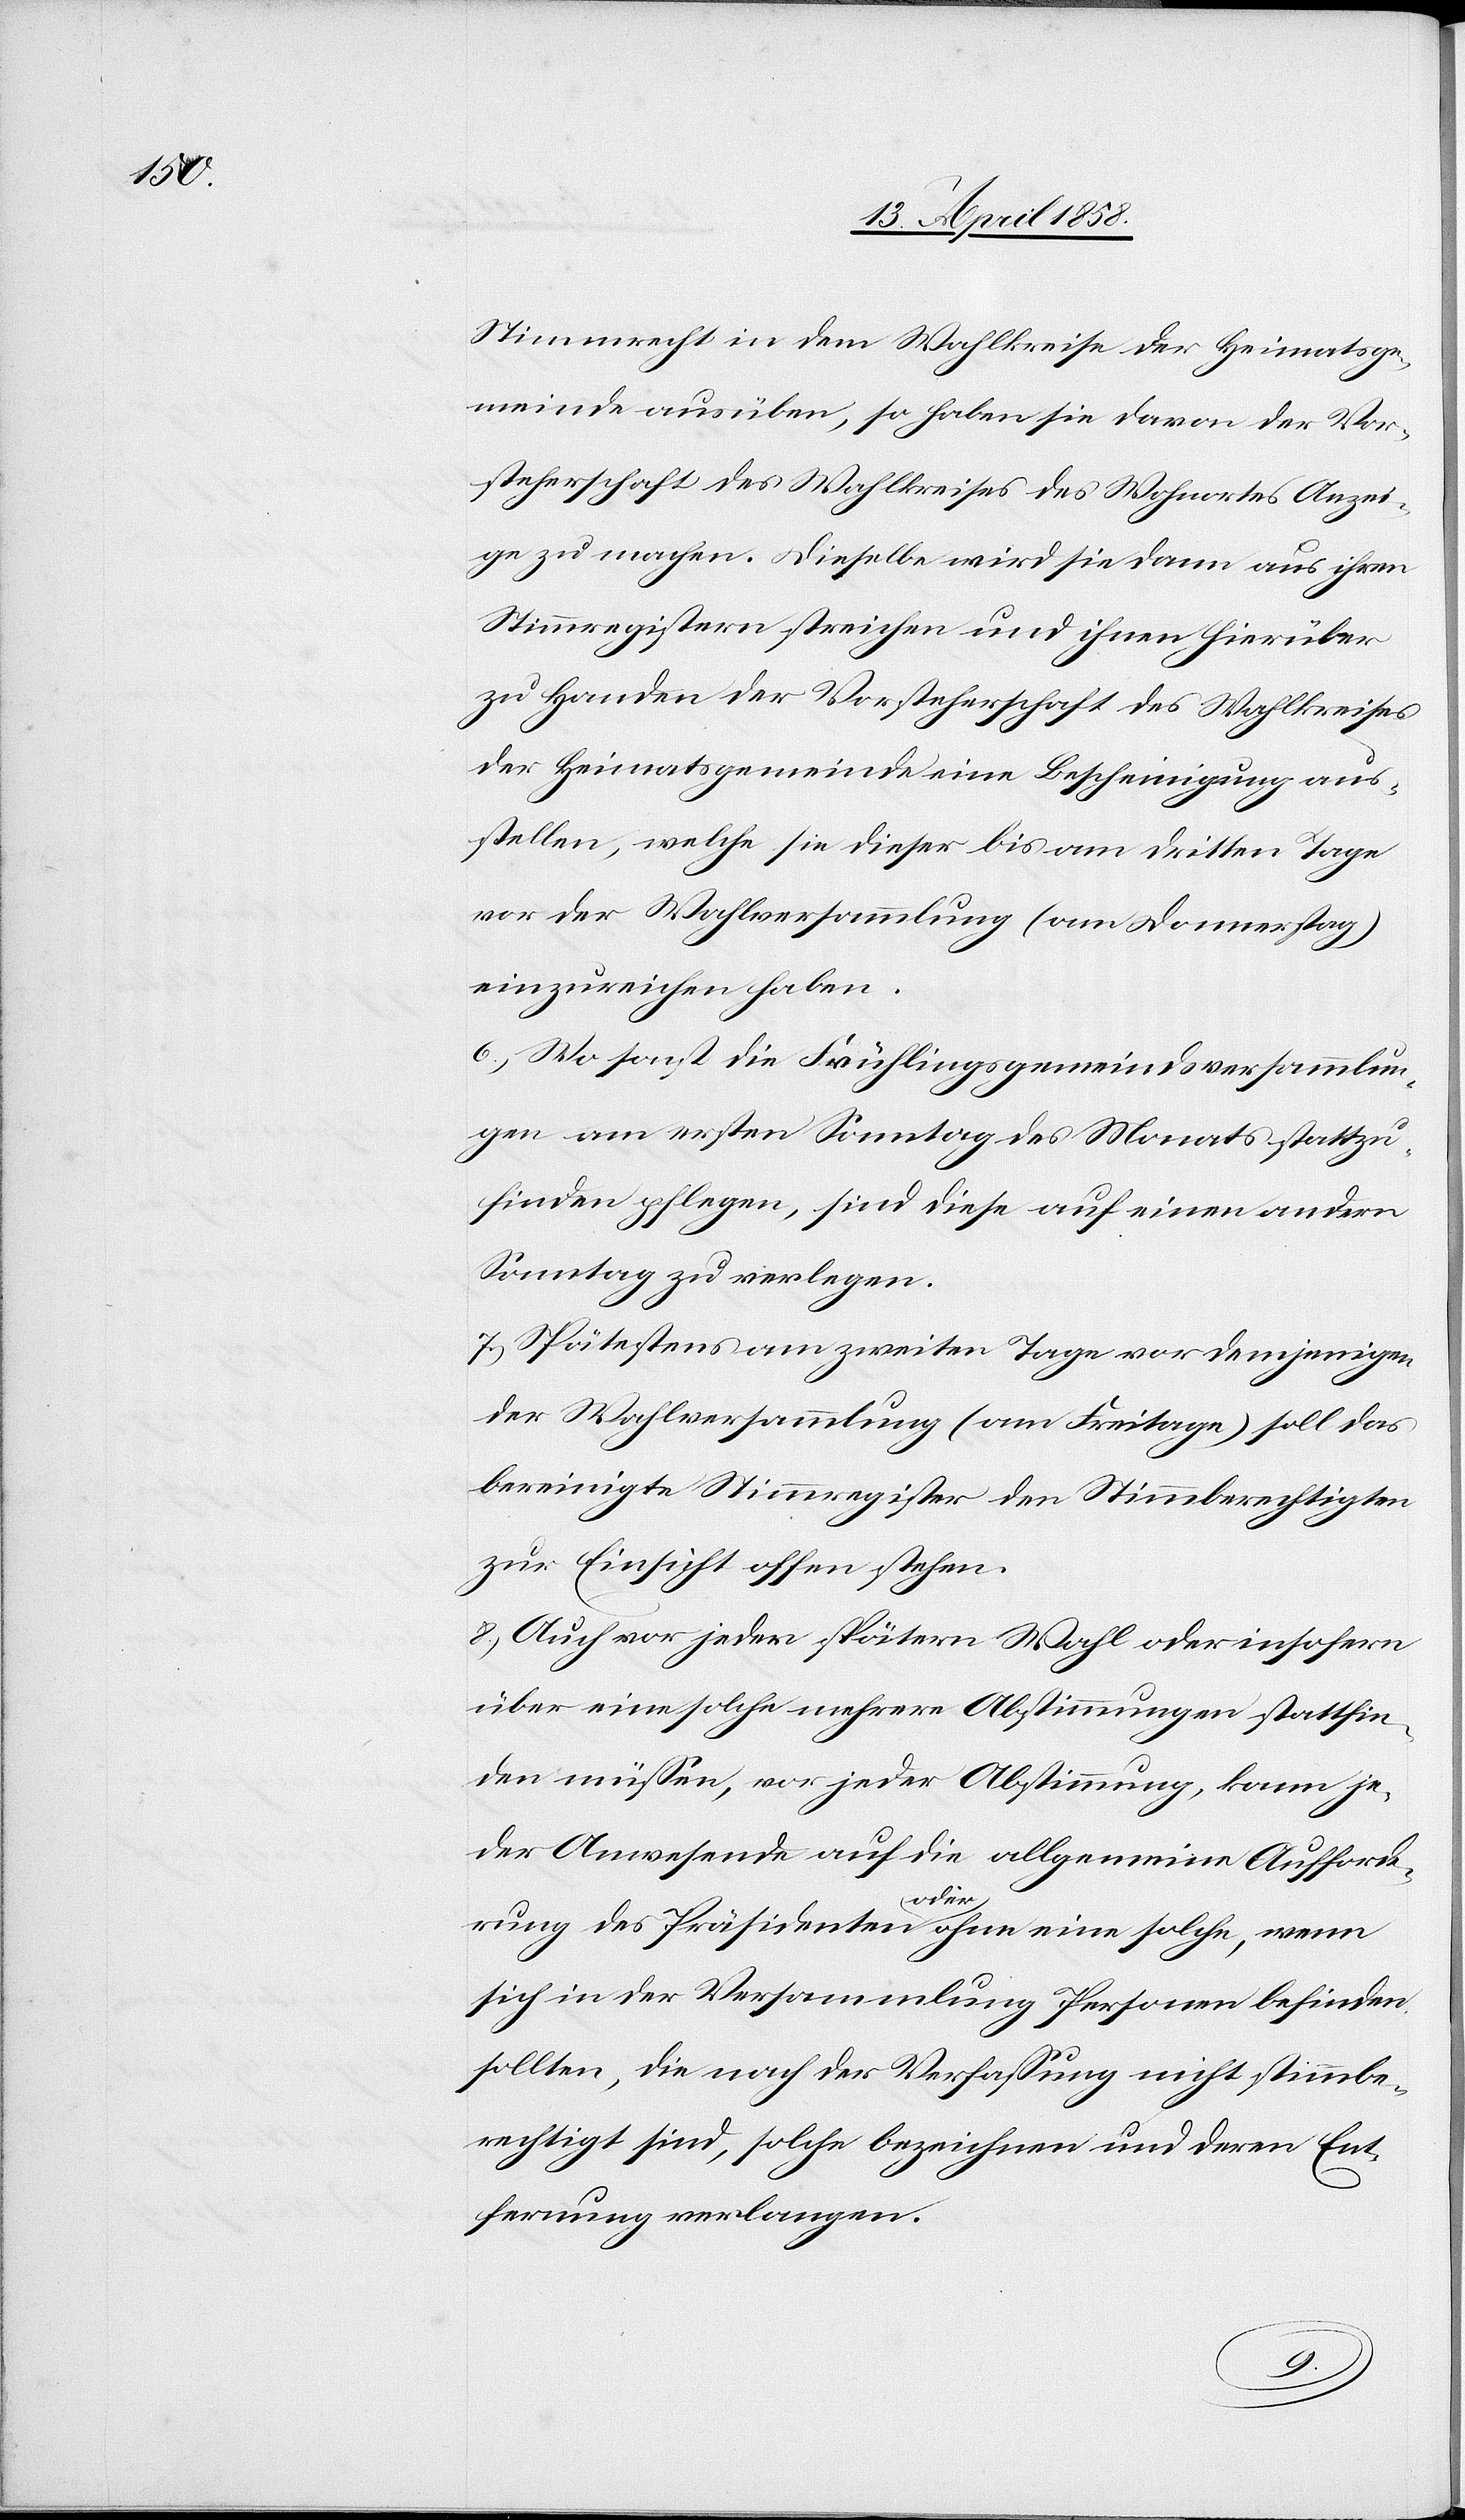
Stimmrecht in dem Wahlkreise der Heimatsge¬
meinde ausüben, so haben sie davon der Vor¬
steherschaft des Wahlkreises des Wohnortes Anzei¬
ge zu machen. Dieselbe wird sie dann aus ihren
Stimmregistern streichen und ihnen hierüber
zu Handen der Vorsteherschaft des Wahlkreises
der Heimatsgemeinde eine Bescheinigung aus¬
stellen, welche sie dieser bis am dritten Tage
vor der Wahlversammlung (am Donnerstag)
einzureichen haben.
6. Wo sonst die Frühlingsgemeindsversammlun¬
gen am ersten Sonntag des Monats stattzu¬
finden pflegen, sind diese auf einen andern
Sonntag zu verlegen.
7. Spätestens am zweiten Tage vor demjenigen
der Wahlversammlung (am Freitage) soll das
bereinigte Stimmregister den Stimmberechtigten
zur Einsicht offen stehen.
8. Auch vor jeder spätern Wahl oder insofern
über eine solche mehrere Abstimmungen stattfin¬
den müssen, vor jeder Abstimmung, kann je¬
der Anwesende auf die allgemeine Aufforde¬
rung des Präsidenten oder ohne eine solche, wenn
sich in der Versammlung Personen befinden
sollten, die nach der Verfassung nicht stimmbe¬
rechtigt sind, solche bezeichnen und deren Ent¬
fernung verlangen.